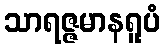
သာရဇ္ဇမာနရူပံ